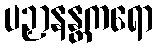
ပဉှာနန္တကရော